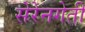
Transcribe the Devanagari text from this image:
सेरेनगेती